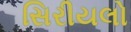
સિરીયલો